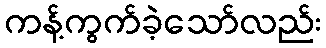
ကန့်ကွက်ခဲ့သော်လည်း